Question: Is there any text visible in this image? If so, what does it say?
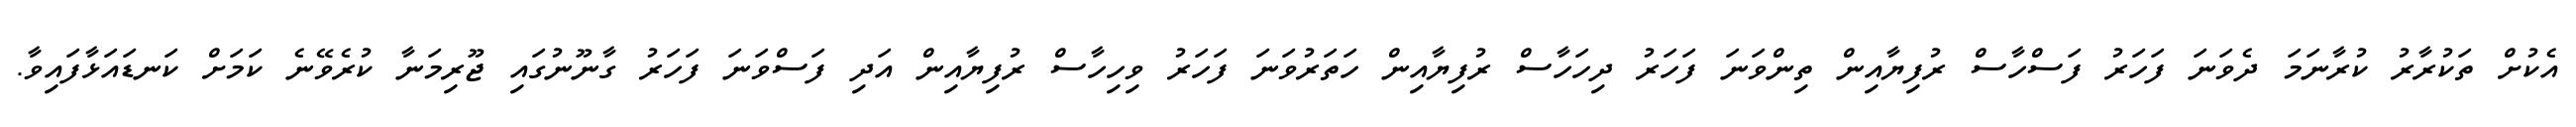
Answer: އެކުށް ތަކުރާރު ކުރާނަމަ ދެވަނަ ފަހަރު ފަސްހާސް ރުފިޔާއިން ތިންވަނަ ފަހަރު ދިހަހާސް ރުފިޔާއިން ހަތަރުވަނަ ފަހަރު ވިހިހާސް ރުފިޔާއިން އަދި ފަސްވަނަ ފަހަރު ގާނޫނުގައި ޖޫރިމަނާ ކުރެވޭނެ ކަމަށް ކަނޑައަޅާފައިވާ.